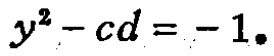
\(y^{2}-cd = - 1.\)